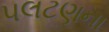
પલટણના